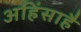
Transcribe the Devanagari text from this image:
अहिंसाहै